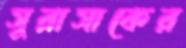
সুরাসাকের